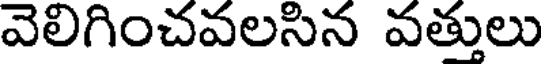
వెలిగించవలసిన వత్తులు